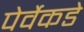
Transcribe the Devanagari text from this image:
पेर्वेकडे